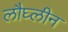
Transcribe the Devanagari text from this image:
लौघ्लीन